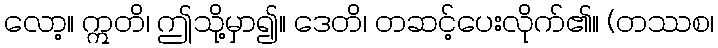
လော့။ ဣတိ၊ ဤသို့မှာ၍။ ဒေတိ၊ တဆင့်ပေးလိုက်၏။ (တဿစ၊